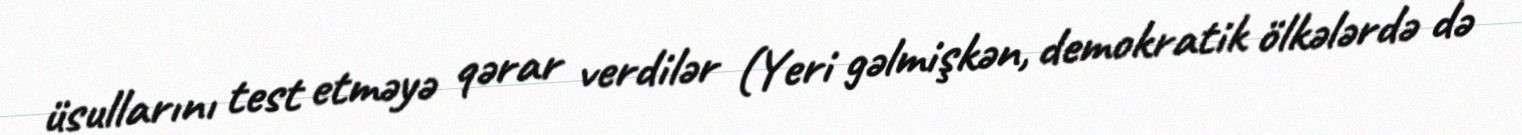
üsullarını test etməyə qərar verdilər (Yeri gəlmişkən, demokratik ölkələrdə də